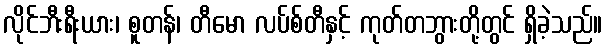
လိုင်ဘီးရီးယား၊ စူတန်၊ တီမော လပ်စ်တီနှင့် ကုတ်တဘွားတို့တွင် ရှိခဲ့သည်။